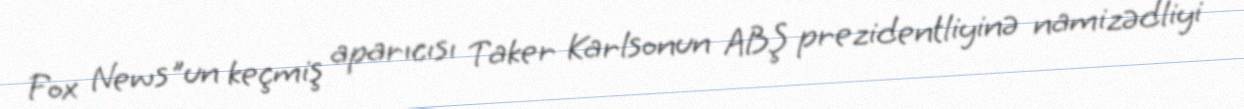
Fox News"un keçmiş aparıcısı Taker Karlsonun ABŞ prezidentliyinə namizədliyi